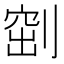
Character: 𠞀